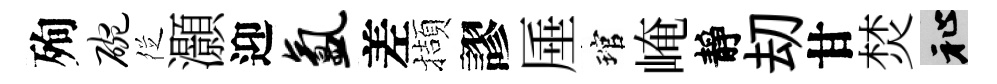
殉碗徔灝迎氲差擷謬厜琯崦靜刧甘焚祉